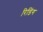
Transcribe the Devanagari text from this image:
रिडिंग